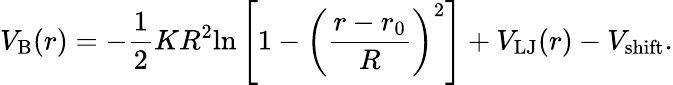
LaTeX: V_{\mathrm{B}}(r)=-\frac{1}{2}KR^{2}\mathrm{ln}\left[1-\left(\frac{r-r_{0}}{R}\right)^{2}\right]+V_{\mathrm{LJ}}(r)-V_{\mathrm{shift}}.